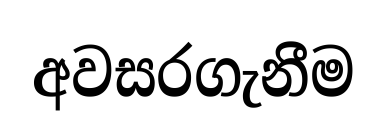
අවසරගැනීම